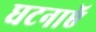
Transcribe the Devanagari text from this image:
घटनाएॅ